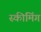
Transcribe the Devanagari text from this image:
स्कीमिंग